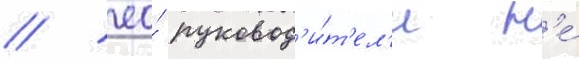
/ ео́ руковод'и́т'ел'и н'е́